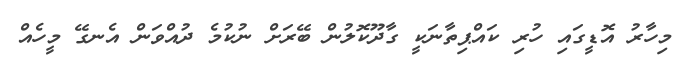
މިހާރު އޮޑީގައި ހުރި ކައްޕިތާނަކީ ގާދޫކޮލުން ބޭރަށް ނުކުމެ ދުއްވަން އެނގޭ މީހެއް